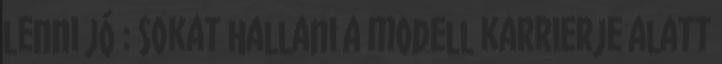
lenni jó : Sokat hallani a modell karrierje alatt